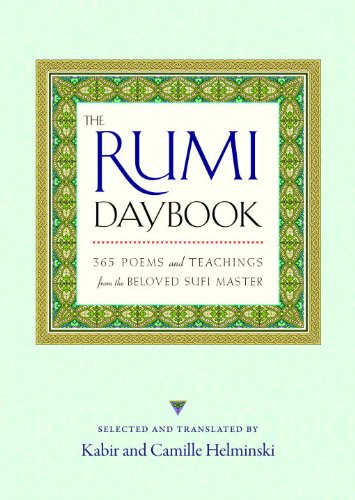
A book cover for The Rumi Daybook; Religion & Spirituality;